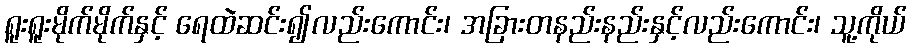
ရူးရူးမိုက်မိုက်နှင့် ရေထဲဆင်း၍လည်းကောင်း၊ အခြားတနည်းနည်းနှင့်လည်းကောင်း၊ သူ့ကိုယ်